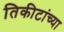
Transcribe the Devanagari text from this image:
तिकीटांच्या